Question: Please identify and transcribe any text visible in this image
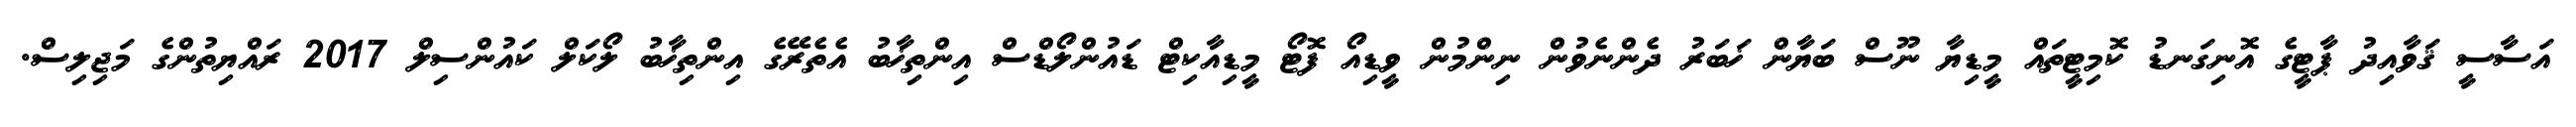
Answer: އަސާސީ ޤަވާއިދު ޕާޓީގެ އޮނިގަނޑު ކޮމިޓީތައް މީޑިޔާ ނޫސް ބަޔާން ޚަބަރު ދެންނެވުން ނިންމުން ވީޑިއޯ ފޮޓޯ މީޑިއާކިޓް ޑައުންލޯޑްސް އިންތިޚާބު އެތެރޭގެ އިންތިޚާބު ލޯކަލް ކައުންސިލް 2017 ރައްޔިތުންގެ މަޖިލިސް.